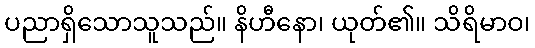
ပညာရှိသောသူသည်။ နိဟီနော၊ ယုတ်၏။ သိရိမာဝ၊